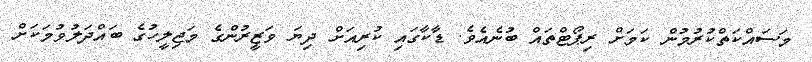
މަސައްކަތްކުރުމުން ކަމަށް ރިޕޯޓްތައް ބުނެއެވެ. ޑާކާގައި ކުރިއަށް ދިޔަ ވަޒީރުންގެ މަޖިލީހުގެ ބައްދަލުވުމަކަށް